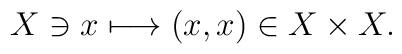
X \ni x \longmapsto (x,x) \in X \times X .